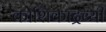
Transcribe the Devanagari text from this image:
कोशिकाद्रव्यी